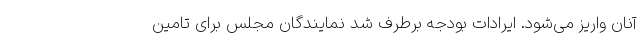
آنان واریز می‌شود. ایرادات بودجه برطرف شد نمایندگان مجلس برای تامین